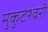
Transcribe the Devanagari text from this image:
मुकुटेश्वरी